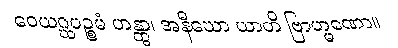
ဝေယဂ္ဃပဉ္စမံ ဟန္တွာ၊ အနီဃော ယာတိ ဗြာဟ္မဏော။